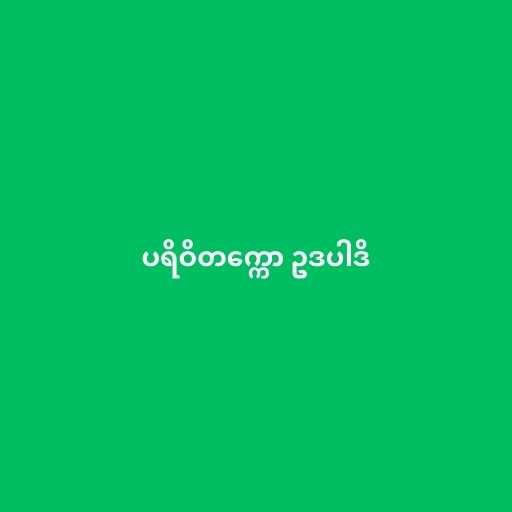
ပရိဝိတက္ကော ဥဒပါဒိ